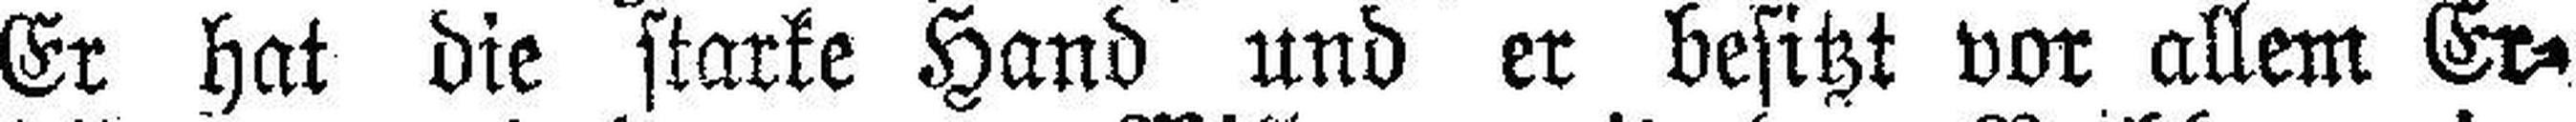
Er hat die starke Hand und er besitzt vor allem Er¬